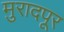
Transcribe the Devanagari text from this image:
मुरादपूर